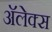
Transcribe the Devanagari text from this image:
अॅलेक्स